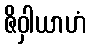
ဇိဝှါယာဟံ